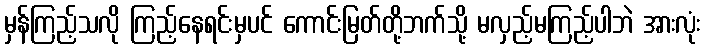
မှန်ကြည့်သလို ကြည့်နေရင်းမှပင် ကောင်းမြတ်တို့ဘက်သို့ မလှည့်မကြည့်ပါဘဲ အားလုံး